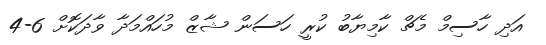
އަދި ހާސިމް މެޗް ކާމިޔާބު ކުރީ ހަސަން ޝާޒް މުހައްމަދާ ވާދަކޮށް 6-4